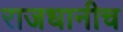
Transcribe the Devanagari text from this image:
राजधानीच